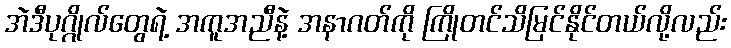
အဲဒီပုဂ္ဂိုလ်တွေရဲ့ အကူအညီနဲ့ အနာဂတ်ကို ကြိုတင်သိမြင်နိုင်တယ်လို့လည်း